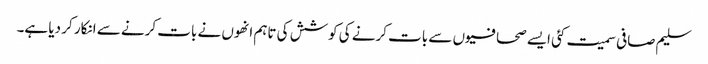
سلیم صافی سمیت کئی ایسے صحافیوں سے بات کرنے کی کوشش کی تاہم انھوں نے بات کرنے سے انکار کر دیا ہے۔